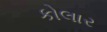
કોલાર